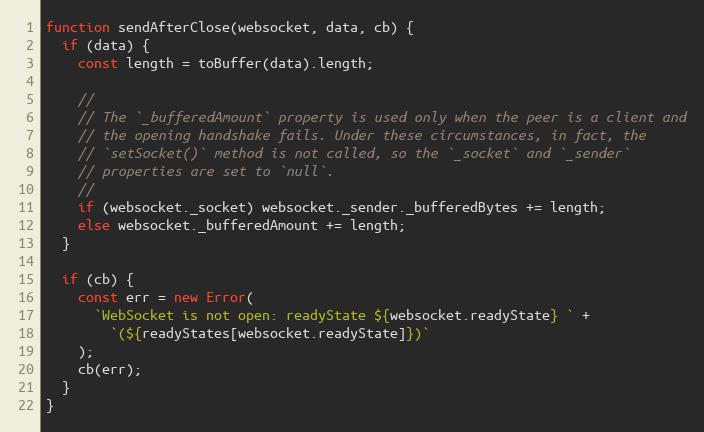
Language: JavaScript
function sendAfterClose(websocket, data, cb) {
  if (data) {
    const length = toBuffer(data).length;

    //
    // The `_bufferedAmount` property is used only when the peer is a client and
    // the opening handshake fails. Under these circumstances, in fact, the
    // `setSocket()` method is not called, so the `_socket` and `_sender`
    // properties are set to `null`.
    //
    if (websocket._socket) websocket._sender._bufferedBytes += length;
    else websocket._bufferedAmount += length;
  }

  if (cb) {
    const err = new Error(
      `WebSocket is not open: readyState ${websocket.readyState} ` +
        `(${readyStates[websocket.readyState]})`
    );
    cb(err);
  }
}